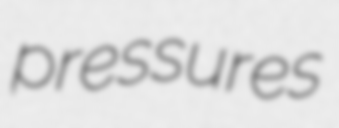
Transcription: pressures